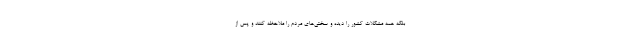
بلکه همه مشکلات کشور را دیده و سختی‌های مردم را ملاحظه کنند و پس از